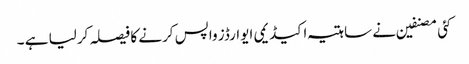
کئی مصنفین نے ساہتیہ اکیڈیمی ایوارڈز واپس کرنے کا فیصلہ کرلیا ہے ۔